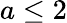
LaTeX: a\le 2